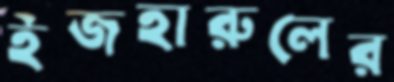
ইজহারুলের